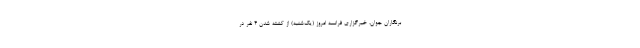
برنگاران جوان، خبرگزاری فرانسه امروز (یک‌شنبه) از کشته شدن ۴ نفر در